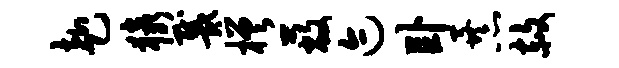
赴猿戴槎蔽迹卧暴赦